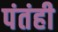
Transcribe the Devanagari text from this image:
पंतंही